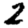
Digit: 2